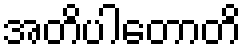
အတိပါတောတိ